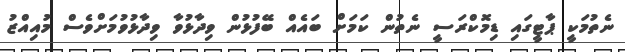
ނެތުމަކީ ޕާޓީގައި ޑިމޮކްރަސީ ނެތުން ކަމަށް ބައެއް ބޭފުޅުން ވިދާޅުވާ ވިދާޅުވުމަށްވެސް މުއިއްޒު